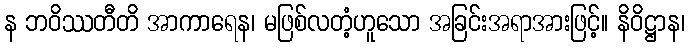
န ဘဝိဿတီတိ အာကာရေန၊ မဖြစ်လတံ့ဟူသော အခြင်းအရာအားဖြင့်။ နိဝိဋ္ဌာန၊